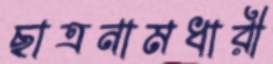
ছাত্রনামধারী